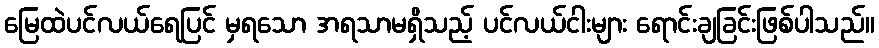
မြေထဲပင်လယ်ရေပြင် မှရသော အရသာမရှိသည့် ပင်လယ်ငါးများ ရောင်းချခြင်းဖြစ်ပါသည်။